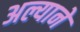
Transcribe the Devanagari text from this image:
अल्याने